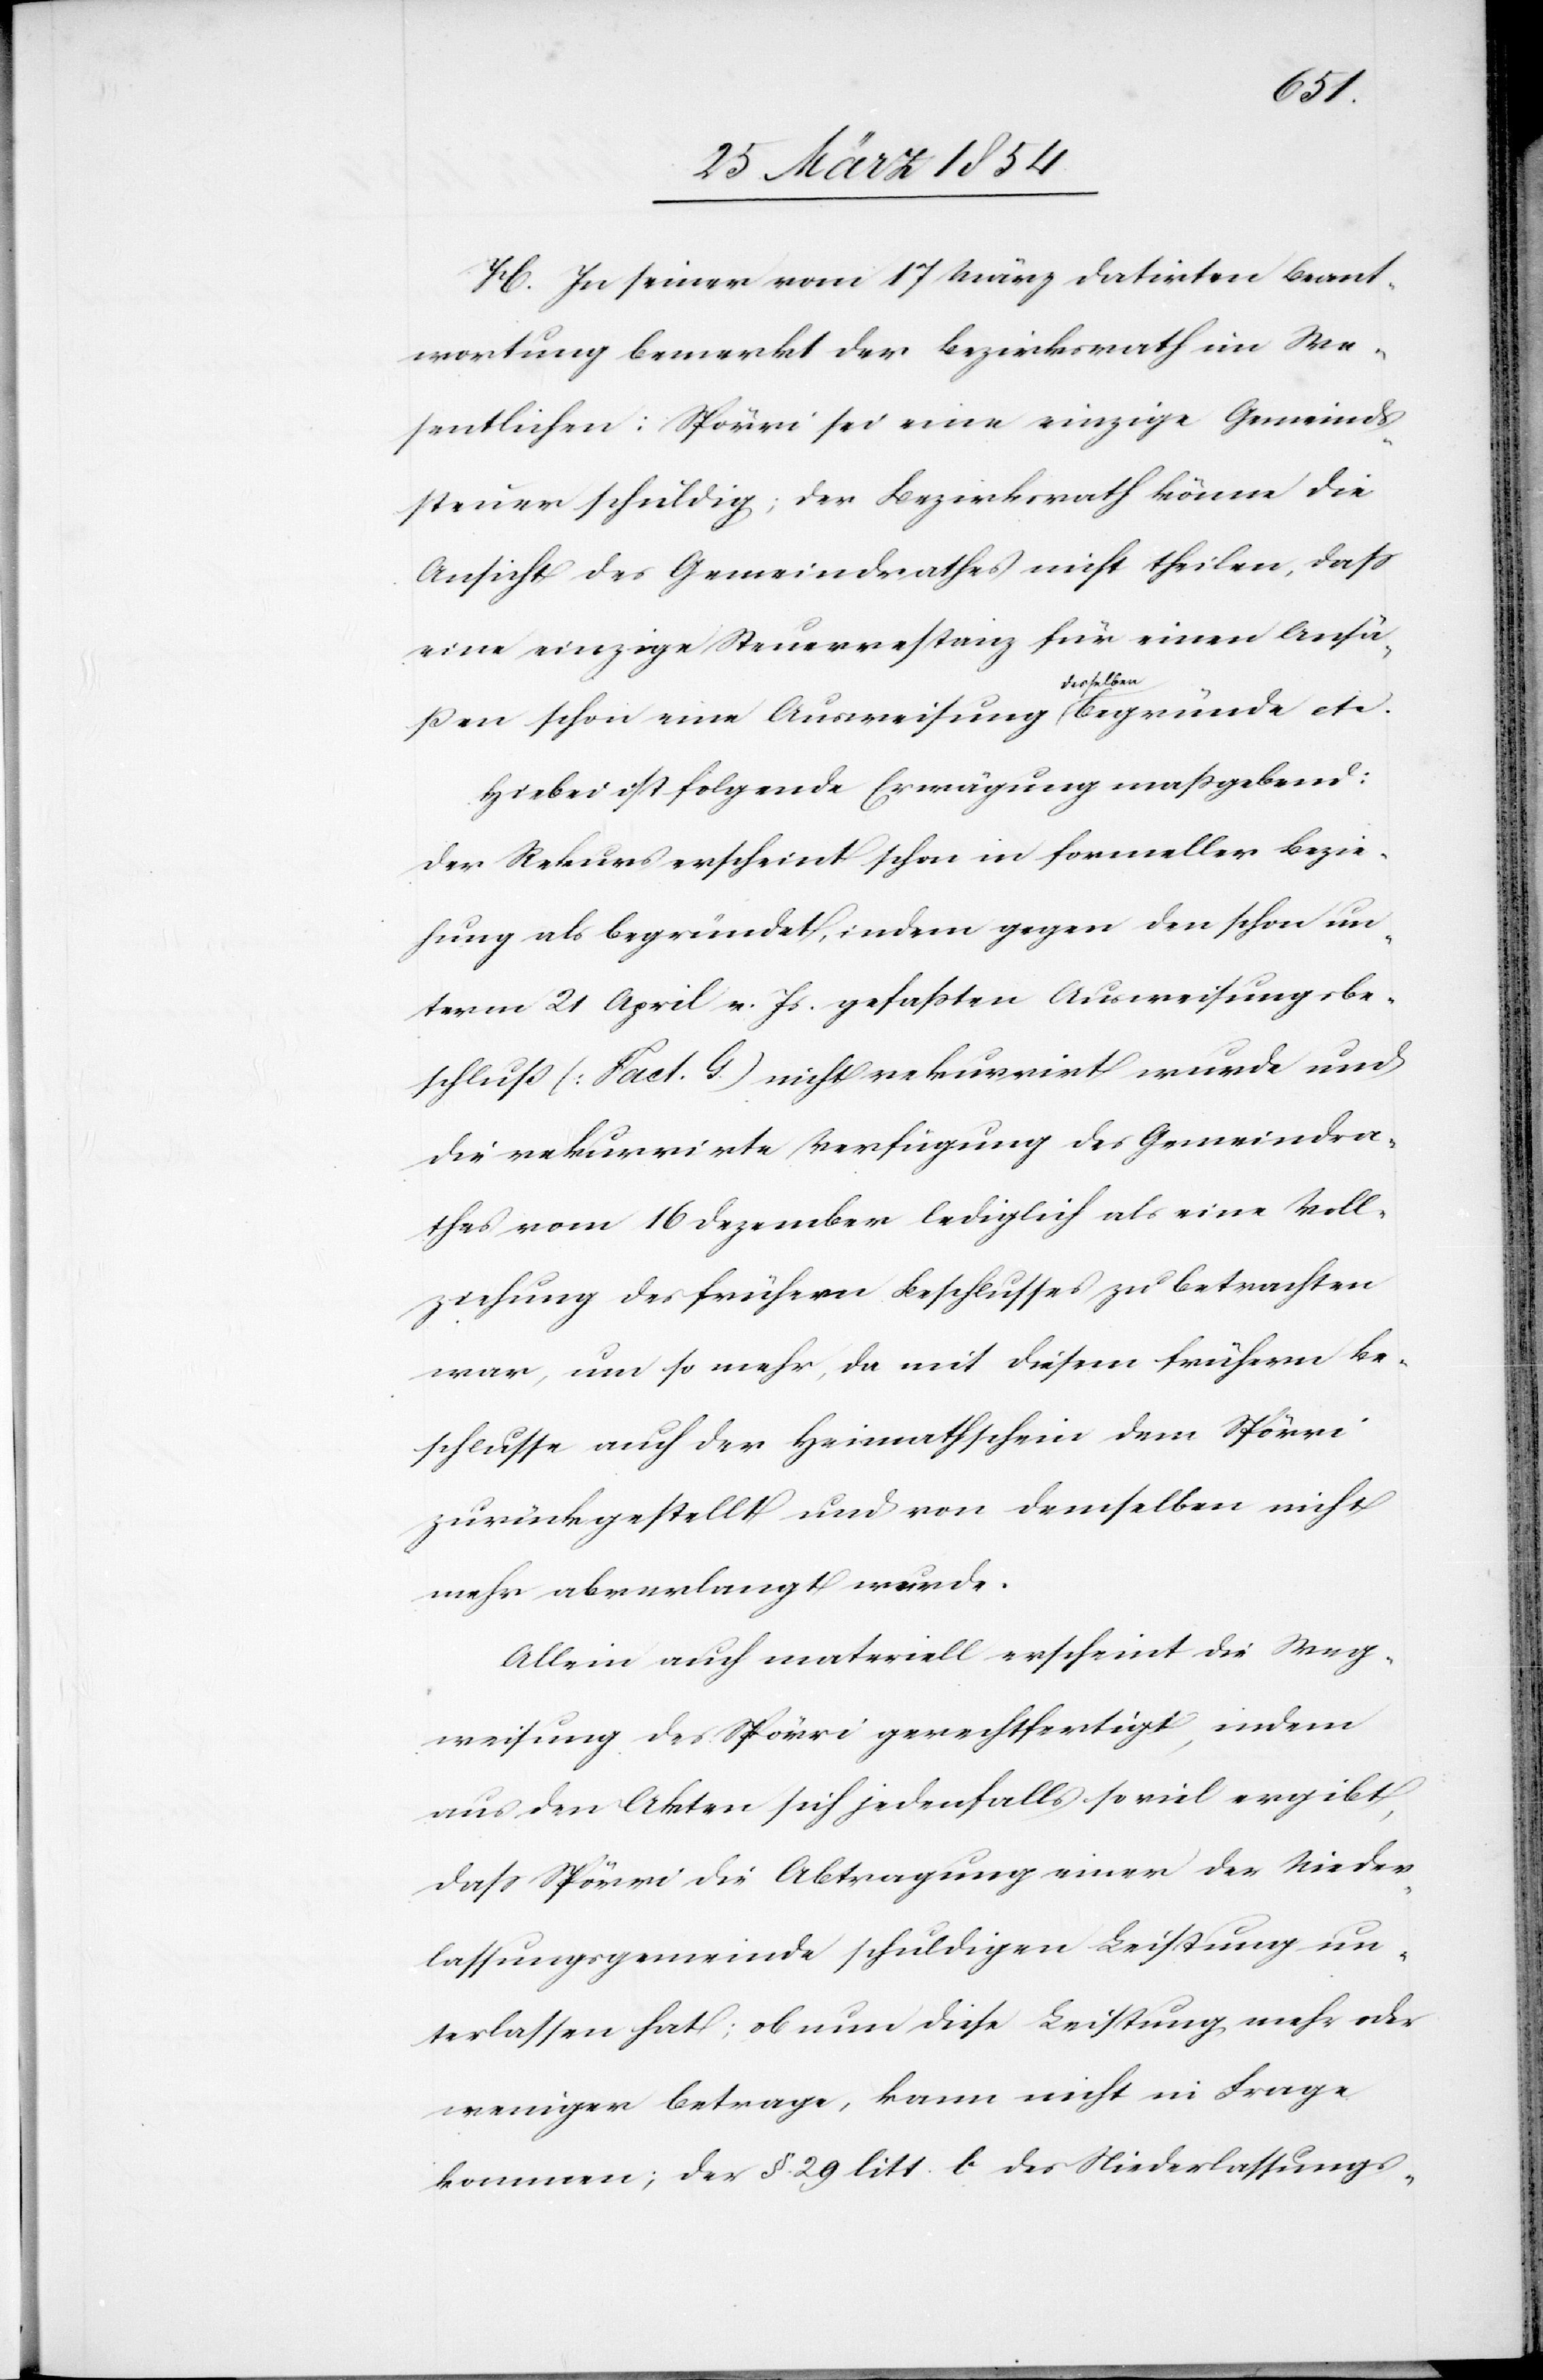
H. In seiner vom 17 März datirten Beant¬
wortung bemerkt der Bezirksrath im We¬
sentlichen: Spörri sei eine einzige Gemeinds¬
steuer schuldig; der Bezirksrath könne die
Ansicht des Gemeindrathes nicht theilen, daß
eine einzige Steuerrestanz für einen Ansä¬
selben-a
ßen schon eine Ausweisung a-des¬
Hiebei ist folgende Erwägung maßgebend:
Der Rekurs erscheint schon in formeller Bezie¬
hung als begründet, indem gegen den schon un¬
term 21 April v. Js gefaßten Ausweisungsbe¬
schluß (Fact. G.) nicht rekurrirt wurde und
die rekurrirte Verfügung des Gemeindra¬
thes vom 16 Dezember lediglich als eine Voll¬
ziehung des frühern Beschlusses zu betrachten
war, um so mehr, da mit diesem frühern Be¬
schlusse auch der Heimatschein dem Spörri
zurückgestellt und von demselben nicht
mehr abverlangt wurde.
Allein auch materiell erscheint die Weg¬
weisung des Spörri gerechtfertigt, indem
aus den Akten sich jedenfalls so viel ergibt,
daß Spörri die Abtragung einer der Nieder¬
lassungsgemeinde schuldigen Leistung un¬
terlassen hat; ob nun diese Leistung mehr oder
weniger betrage, kann nicht in Frage
kommen; der §. 29 litt. b des Niederlassungs-